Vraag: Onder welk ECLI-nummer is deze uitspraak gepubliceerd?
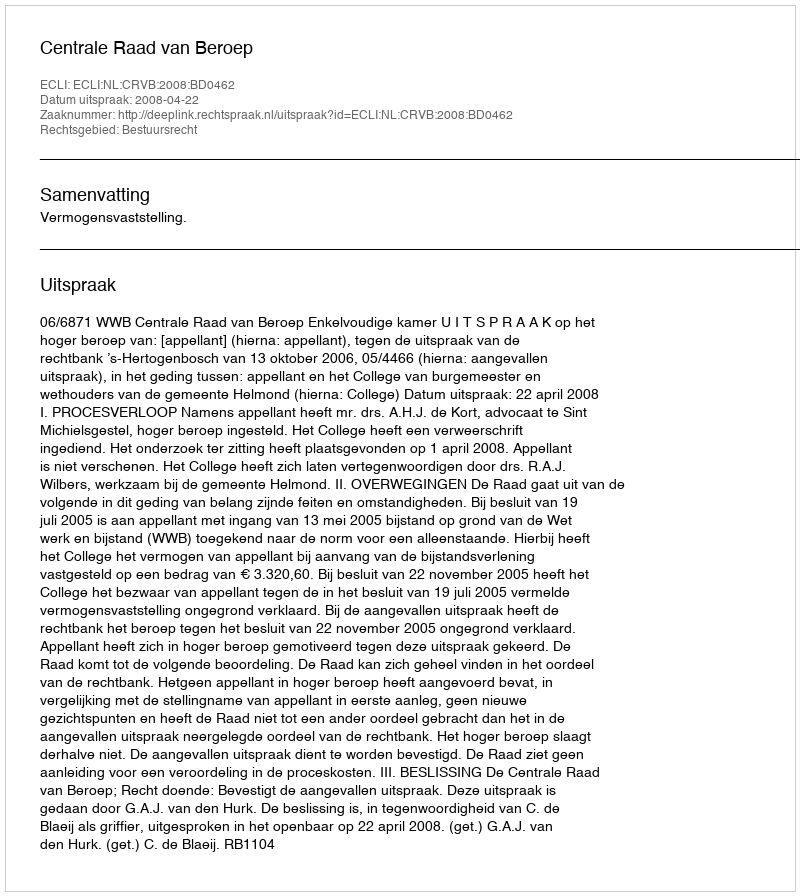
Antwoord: ECLI:NL:CRVB:2008:BD0462